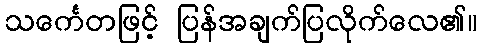
သင်္ကေတဖြင့် ပြန်အချက်ပြလိုက်လေ၏။